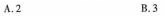
A.2 B.3